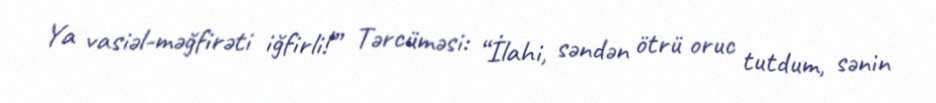
Ya vasiəl-məğfirəti iğfirli!” Tərcüməsi: “İlahi, səndən ötrü oruc tutdum, sənin